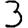
Digit: 3